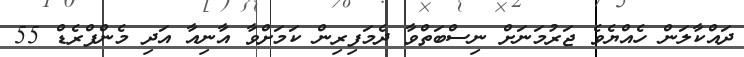
ދައްކާލަން ހެއްޔެވެ ޖަރުމަނަށް ނިސްބަތްވާ ދެމަފިރިން ކަމަށްވާ އާނިއާ އަދި މެންފްރެޑް 55